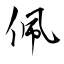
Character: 佩